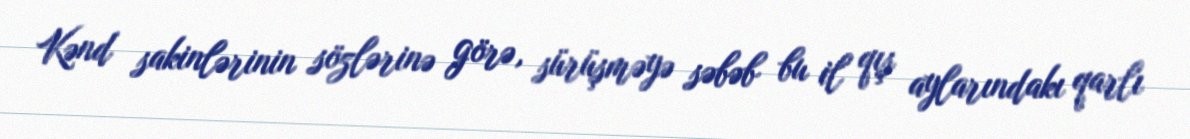
Kənd sakinlərinin sözlərinə görə, sürüşməyə səbəb bu il qış aylarındakı qarlı